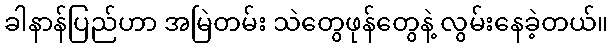
ခါနာန်ပြည်ဟာ အမြဲတမ်း သဲတွေဖုန်တွေနဲ့ လွမ်းနေခဲ့တယ်။